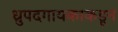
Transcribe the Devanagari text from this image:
ध्रुपदगायकाकडून